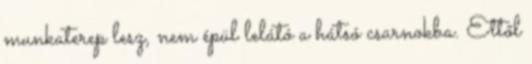
munkaterep lesz, nem épül lelátó a hátsó csarnokba. Ettől